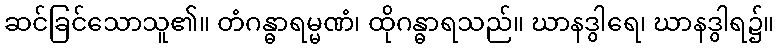
ဆင်ခြင်သောသူ၏။ တံဂန္ဓာရမ္မဏံ၊ ထိုဂန္ဓာရသည်။ ဃာနဒွါရေ၊ ဃာနဒွါရ၌။